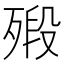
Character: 㱭